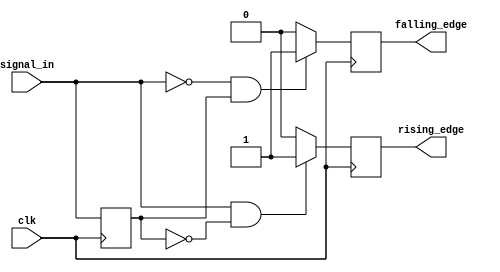
module dual_edge_detector (
    input wire clk,          // Clock signal
    input wire signal_in,    // Input signal
    output reg rising_edge,  // Rising edge output signal
    output reg falling_edge   // Falling edge output signal
);

    // Internal register to store the previous state of the input signal
    reg previous_state;

    // Always block that triggers on the rising edge of the clock
    always @(posedge clk) begin
        // Edge detection logic
        if (signal_in && ~previous_state) begin
            // Rising edge detected
            rising_edge <= 1;  // Set rising edge output high
        end else begin
            rising_edge <= 0;  // Reset rising edge output
        end

        if (~signal_in && previous_state) begin
            // Falling edge detected
            falling_edge <= 1;  // Set falling edge output high
        end else begin
            falling_edge <= 0;  // Reset falling edge output
        end

        // Update previous state to the current state of signal_in
        previous_state <= signal_in;
    end

endmodule